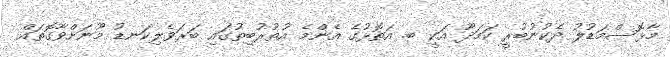
މާޅޮސްމަޑުލު ދެކުނުބުރީ ކަމަދޫ އަކީ ބ. އަތޮޅުގެ އެންމެ އުތުރުބިތުގައި ބަރަވެލިކަނޑު މޫނަށްވާގޮތައް